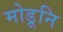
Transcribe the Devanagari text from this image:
मोडूनि